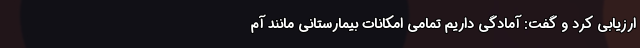
ارزیابی کرد و گفت: آمادگی داریم تمامی امکانات بیمارستانی مانند آم